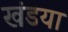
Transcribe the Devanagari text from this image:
खंडया